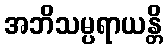
အဘိသမ္ပရာယန္တိ